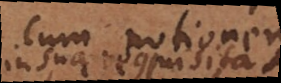
cum notionem